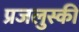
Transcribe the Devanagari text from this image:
प्रजलुस्की